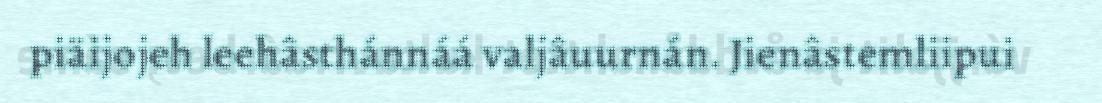
piäijojeh leehâsthánnáá valjâuurnán. Jienâstemliipui